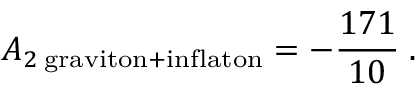
A _ { 2 \; \mathrm { g r a v i t o n } + \mathrm { i n f l a t o n } } = - { \frac { 1 7 1 } { 1 0 } } \; .